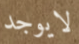
لايوجد